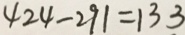
4 2 4 - 2 9 1 = 1 3 3